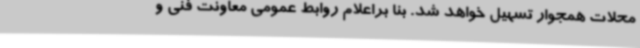
محلات همجوار تسهیل خواهد شد. بنا براعلام روابط عمومی معاونت فنی و